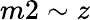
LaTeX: m2\sim z